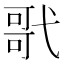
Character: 㢦